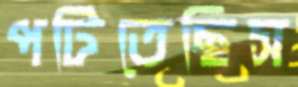
পটিতেছিস